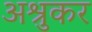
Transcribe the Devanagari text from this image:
अश्रुकर